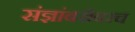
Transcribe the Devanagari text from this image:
संज्ञांबरोबरच